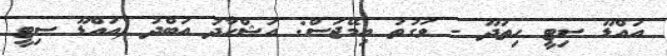
އައްޑޫ ސިޓީ ހިތަދޫ - ވަގުތު އިމޭޖަސް: އަޝްހާދު އަބްދު (އައްޑޫ ސިޓީ